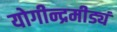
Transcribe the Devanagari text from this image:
योगीन्द्रमीड्यं